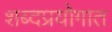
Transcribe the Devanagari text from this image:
शब्दप्रयोगात